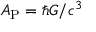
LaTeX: A _ { \mathrm { P } } = \hbar G / c ^ { 3 }